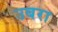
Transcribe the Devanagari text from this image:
उबरा